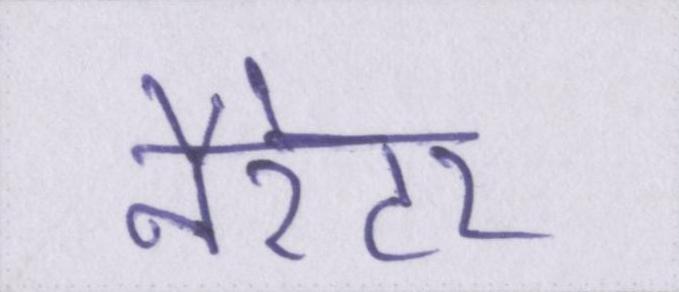
नैरेटर